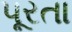
પૂરતા